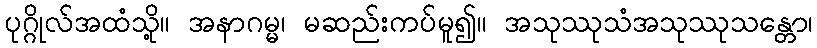
ပုဂ္ဂိုလ်အထံသို့။ အနာဂမ္မ၊ မဆည်းကပ်မူ၍။ အသုဿုသံအသုဿုသန္တော၊